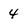
Character: 4